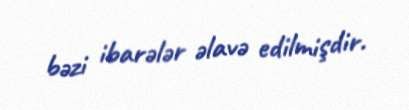
bəzi ibarələr əlavə edilmişdir.